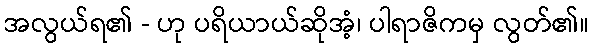
အလွယ်ရ၏ - ဟု ပရိယာယ်ဆိုအံ့၊ ပါရာဇိကမှ လွတ်၏။